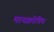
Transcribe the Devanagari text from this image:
मायक्रोचिप